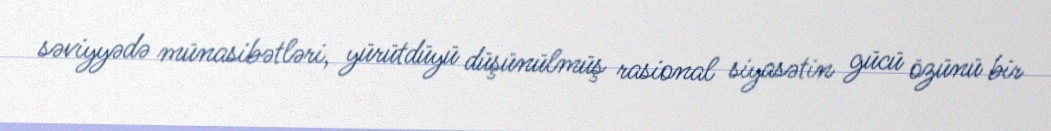
səviyyədə münasibətləri, yürütdüyü düşünülmüş rasional siyasətin gücü özünü bir